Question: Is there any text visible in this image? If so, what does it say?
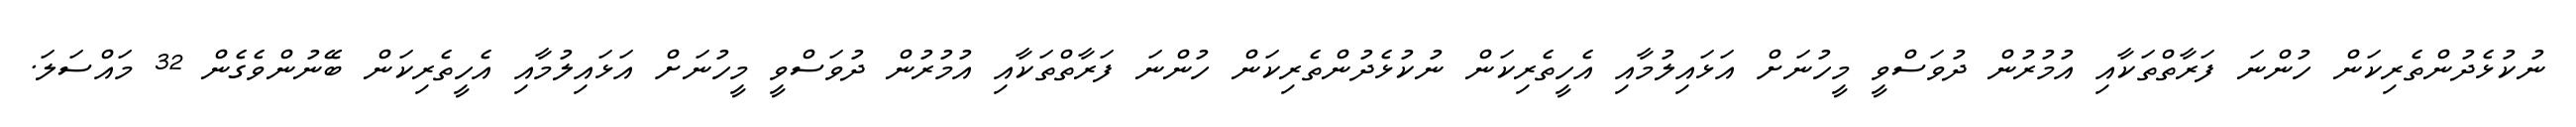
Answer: ނުކުޅެދުންތެރިކަން ހުންނަ ފަރާތްތަކާއި އުމުރުން ދުވަސްވީ މީހުނަށް އަޅައިލުމާއި އެހީތެރިކަން ނުކުޅެދުންތެރިކަން ހުންނަ ފަރާތްތަކާއި އުމުރުން ދުވަސްވީ މީހުނަށް އަޅައިލުމާއި އެހީތެރިކަން ބޭނުންވެގެން 32 މައްސަލަ.